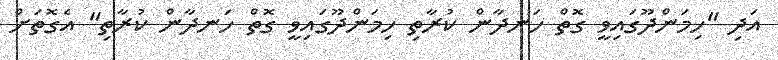
އަދި "ހިމަންދޫގައިވީ ގޮތް ހަނދާން ކުރާތި ހިމަންދޫގައިވީ ގޮތް ހަނދާން ކުރާތި" އެގޮތަށް